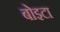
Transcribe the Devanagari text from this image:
बोइटा